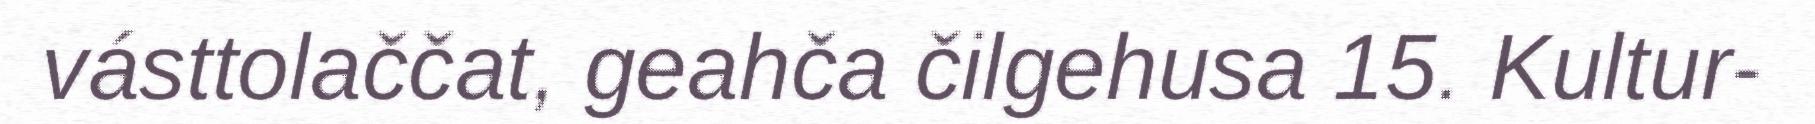
vásttolaččat, geahča čilgehusa 15. Kultur-